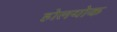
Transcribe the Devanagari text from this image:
होलयोक